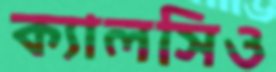
ক্যালসিও